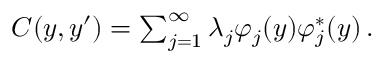
\begin{array} { r } { C ( y , y ^ { \prime } ) = \sum _ { j = 1 } ^ { \infty } \lambda _ { j } \varphi _ { j } ( y ) \varphi _ { j } ^ { * } ( y ) \, . } \end{array}